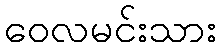
ဝေလမင်းသား